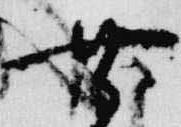
無